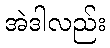
အဲဒါလည်း